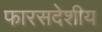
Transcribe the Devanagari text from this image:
फारसदेशीय